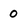
Character: 0